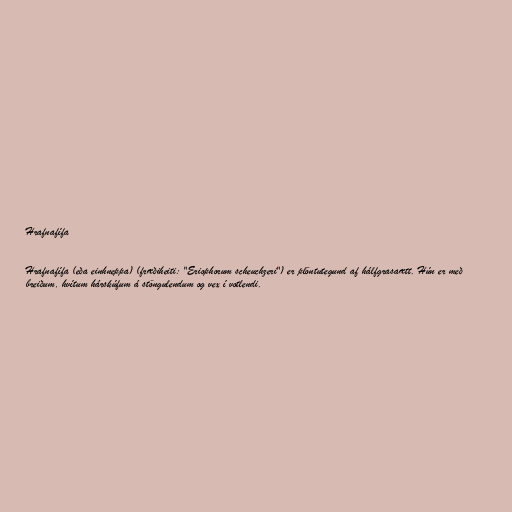
Hrafnafífa

Hrafnafífa (eða einhneppa) (fræðiheiti: "Eriophorum scheuchzeri") er plöntutegund af hálfgrasaætt. Hún er með
breiðum, hvítum hárskúfum á stöngulendum og vex í votlendi.